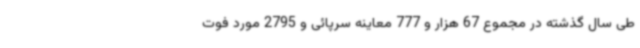
طی سال گذشته در مجموع 67 هزار و 777 معاینه سرپائی و 2795 مورد فوت